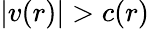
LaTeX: |v(r)|>c(r)